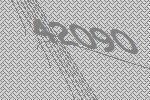
42090